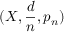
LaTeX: ( X , { \frac { d } { n } } , p _ { n } )